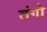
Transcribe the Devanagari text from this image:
तंगो